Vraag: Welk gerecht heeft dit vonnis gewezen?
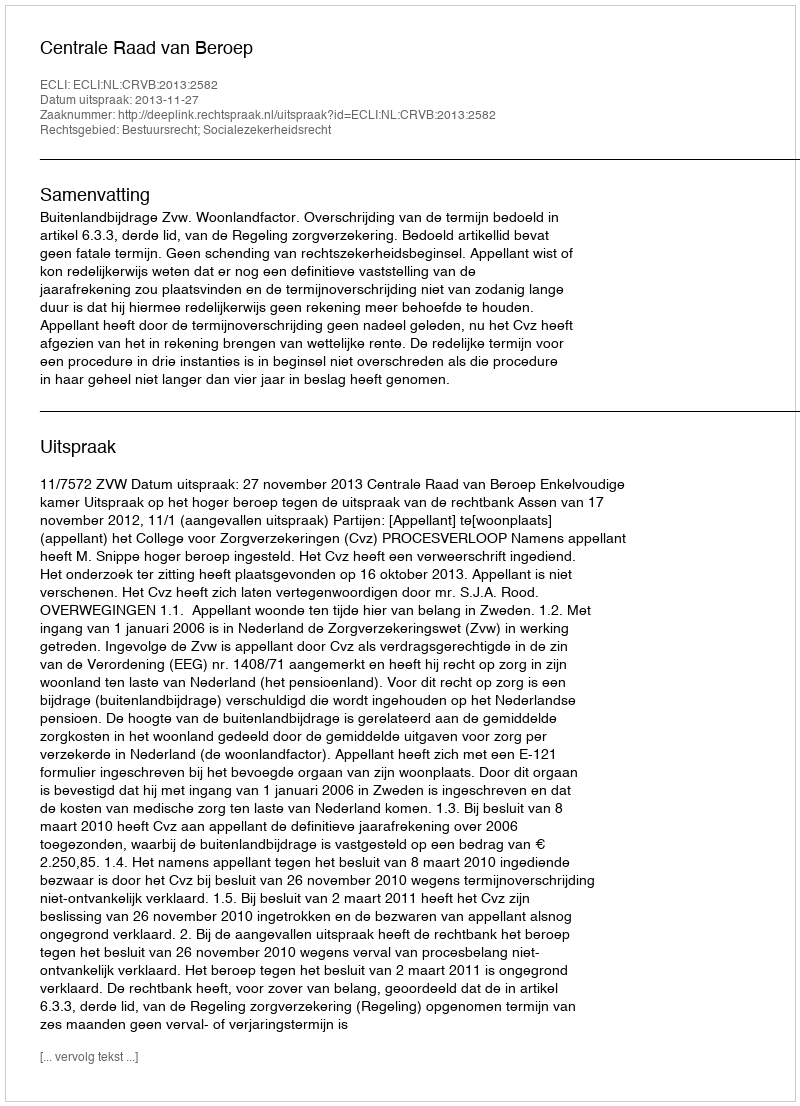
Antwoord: Centrale Raad van Beroep